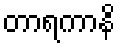
တာရကာနိ